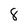
Character: 8